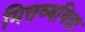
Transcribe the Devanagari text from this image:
मित्तव्ययिता